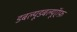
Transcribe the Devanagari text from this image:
डबल्यूडबल्यूऍफ़